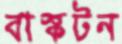
বাস্কটন